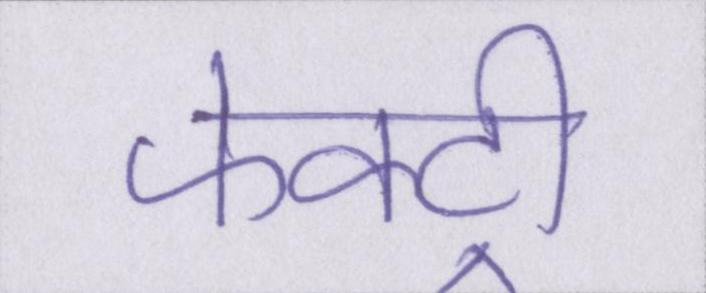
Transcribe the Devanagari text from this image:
फेक्ट्री